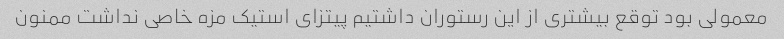
معمولی بود توقع بیشتری از این رستوران داشتیم پیتزای استیک مزه خاصی نداشت ممنون